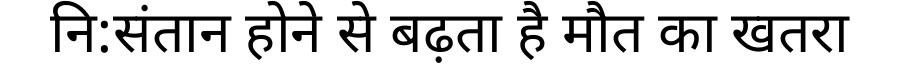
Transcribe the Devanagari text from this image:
नि:संतान होने से बढ़ता है मौत का खतरा